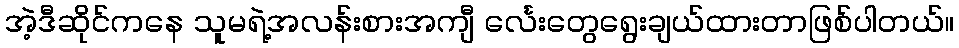
အဲ့ဒီဆိုင်ကနေ သူမရဲ့အလန်းစားအကျီ င်္လေးတွေရွေးချယ်ထားတာဖြစ်ပါတယ်။